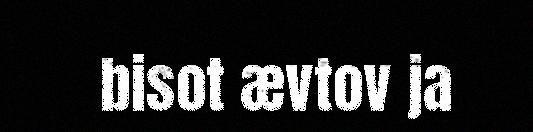
bisot ævtov ja